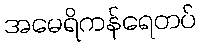
အမေရိကန်ရေတပ်